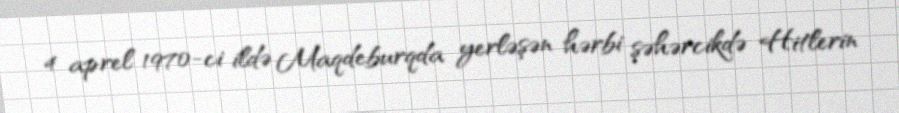
4 aprel 1970-ci ildə Maqdeburqda yerləşən hərbi şəhərcikdə Hitlerin